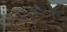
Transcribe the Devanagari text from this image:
मास्टरीचट